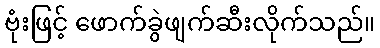
ဗုံးဖြင့် ဖောက်ခွဲဖျက်ဆီးလိုက်သည်။